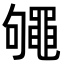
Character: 䵶